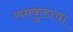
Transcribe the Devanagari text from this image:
रामकुंडाचा